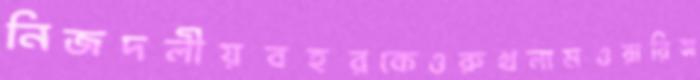
নিজদলীয়বহরকেওরুখলামওয়ারিস